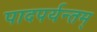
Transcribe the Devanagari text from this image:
पादपर्यन्तम्‌